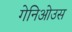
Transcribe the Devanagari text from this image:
गेनिओउस